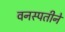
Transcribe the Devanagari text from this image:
वनस्पतीने